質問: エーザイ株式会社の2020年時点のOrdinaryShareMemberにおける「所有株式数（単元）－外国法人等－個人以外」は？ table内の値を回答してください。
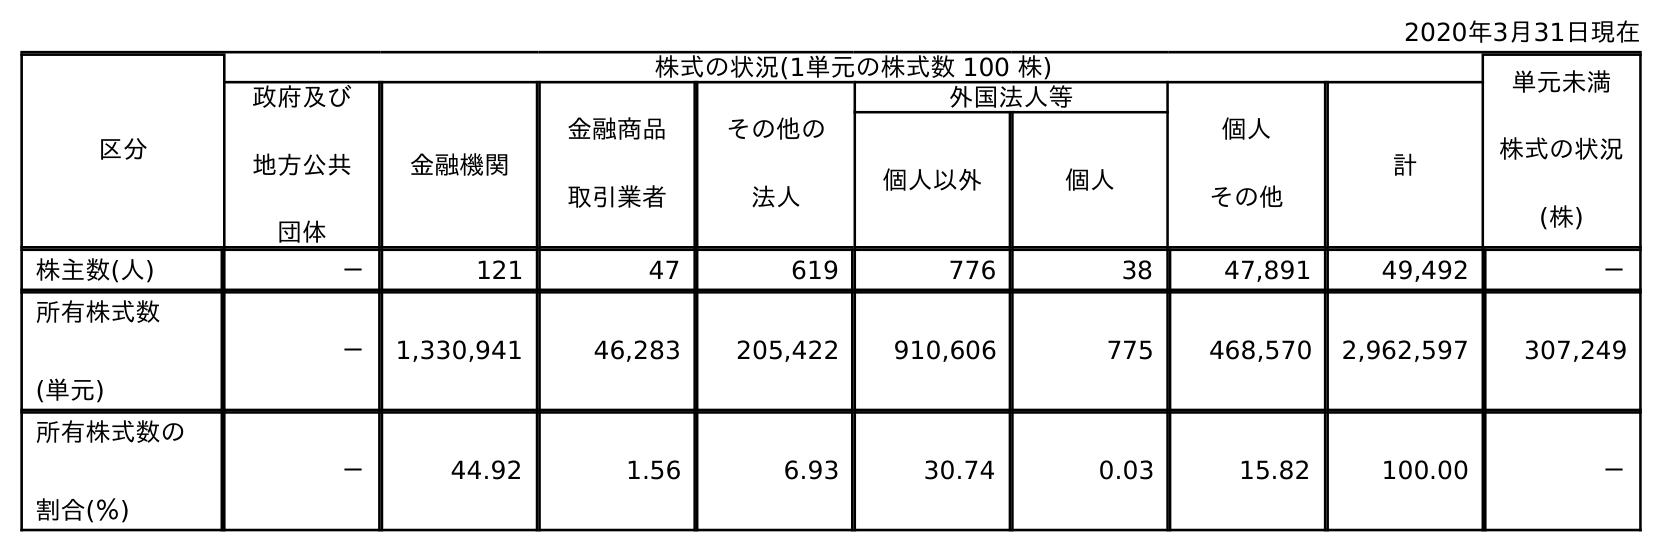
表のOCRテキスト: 2020年3月31日現在 区分 株式の状況(1単元の株式数 100 株) 単元未満 株式の状況 (株) 政府及び 地方公共 団体 金融機関 金融商品 取引業者 その他の 法人 外国法人等 個人 その他 計 個人以外 個人 株主数(人) － 121 47 619 776 38 47,891 49,492 － 所有株式数 (単元) － 1,330,941 46,283 205,422 910,606 775 468,570 2,962,597 307,249 所有株式数の 割合(％) － 44.92 1.56 6.93 30.74 0.03 15.82 100.00 －
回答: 910,606